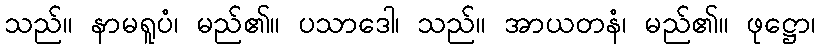
သည်။ နာမရူပံ၊ မည်၏။ ပသာဒေါ၊ သည်။ အာယတနံ၊ မည်၏။ ဖုဋ္ဌော၊